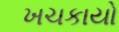
ખચકાયો